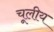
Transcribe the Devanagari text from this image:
चूलीय